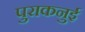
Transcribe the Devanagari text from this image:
पुराकनुई